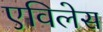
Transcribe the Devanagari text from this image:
एविलेस